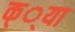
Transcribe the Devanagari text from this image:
क््या